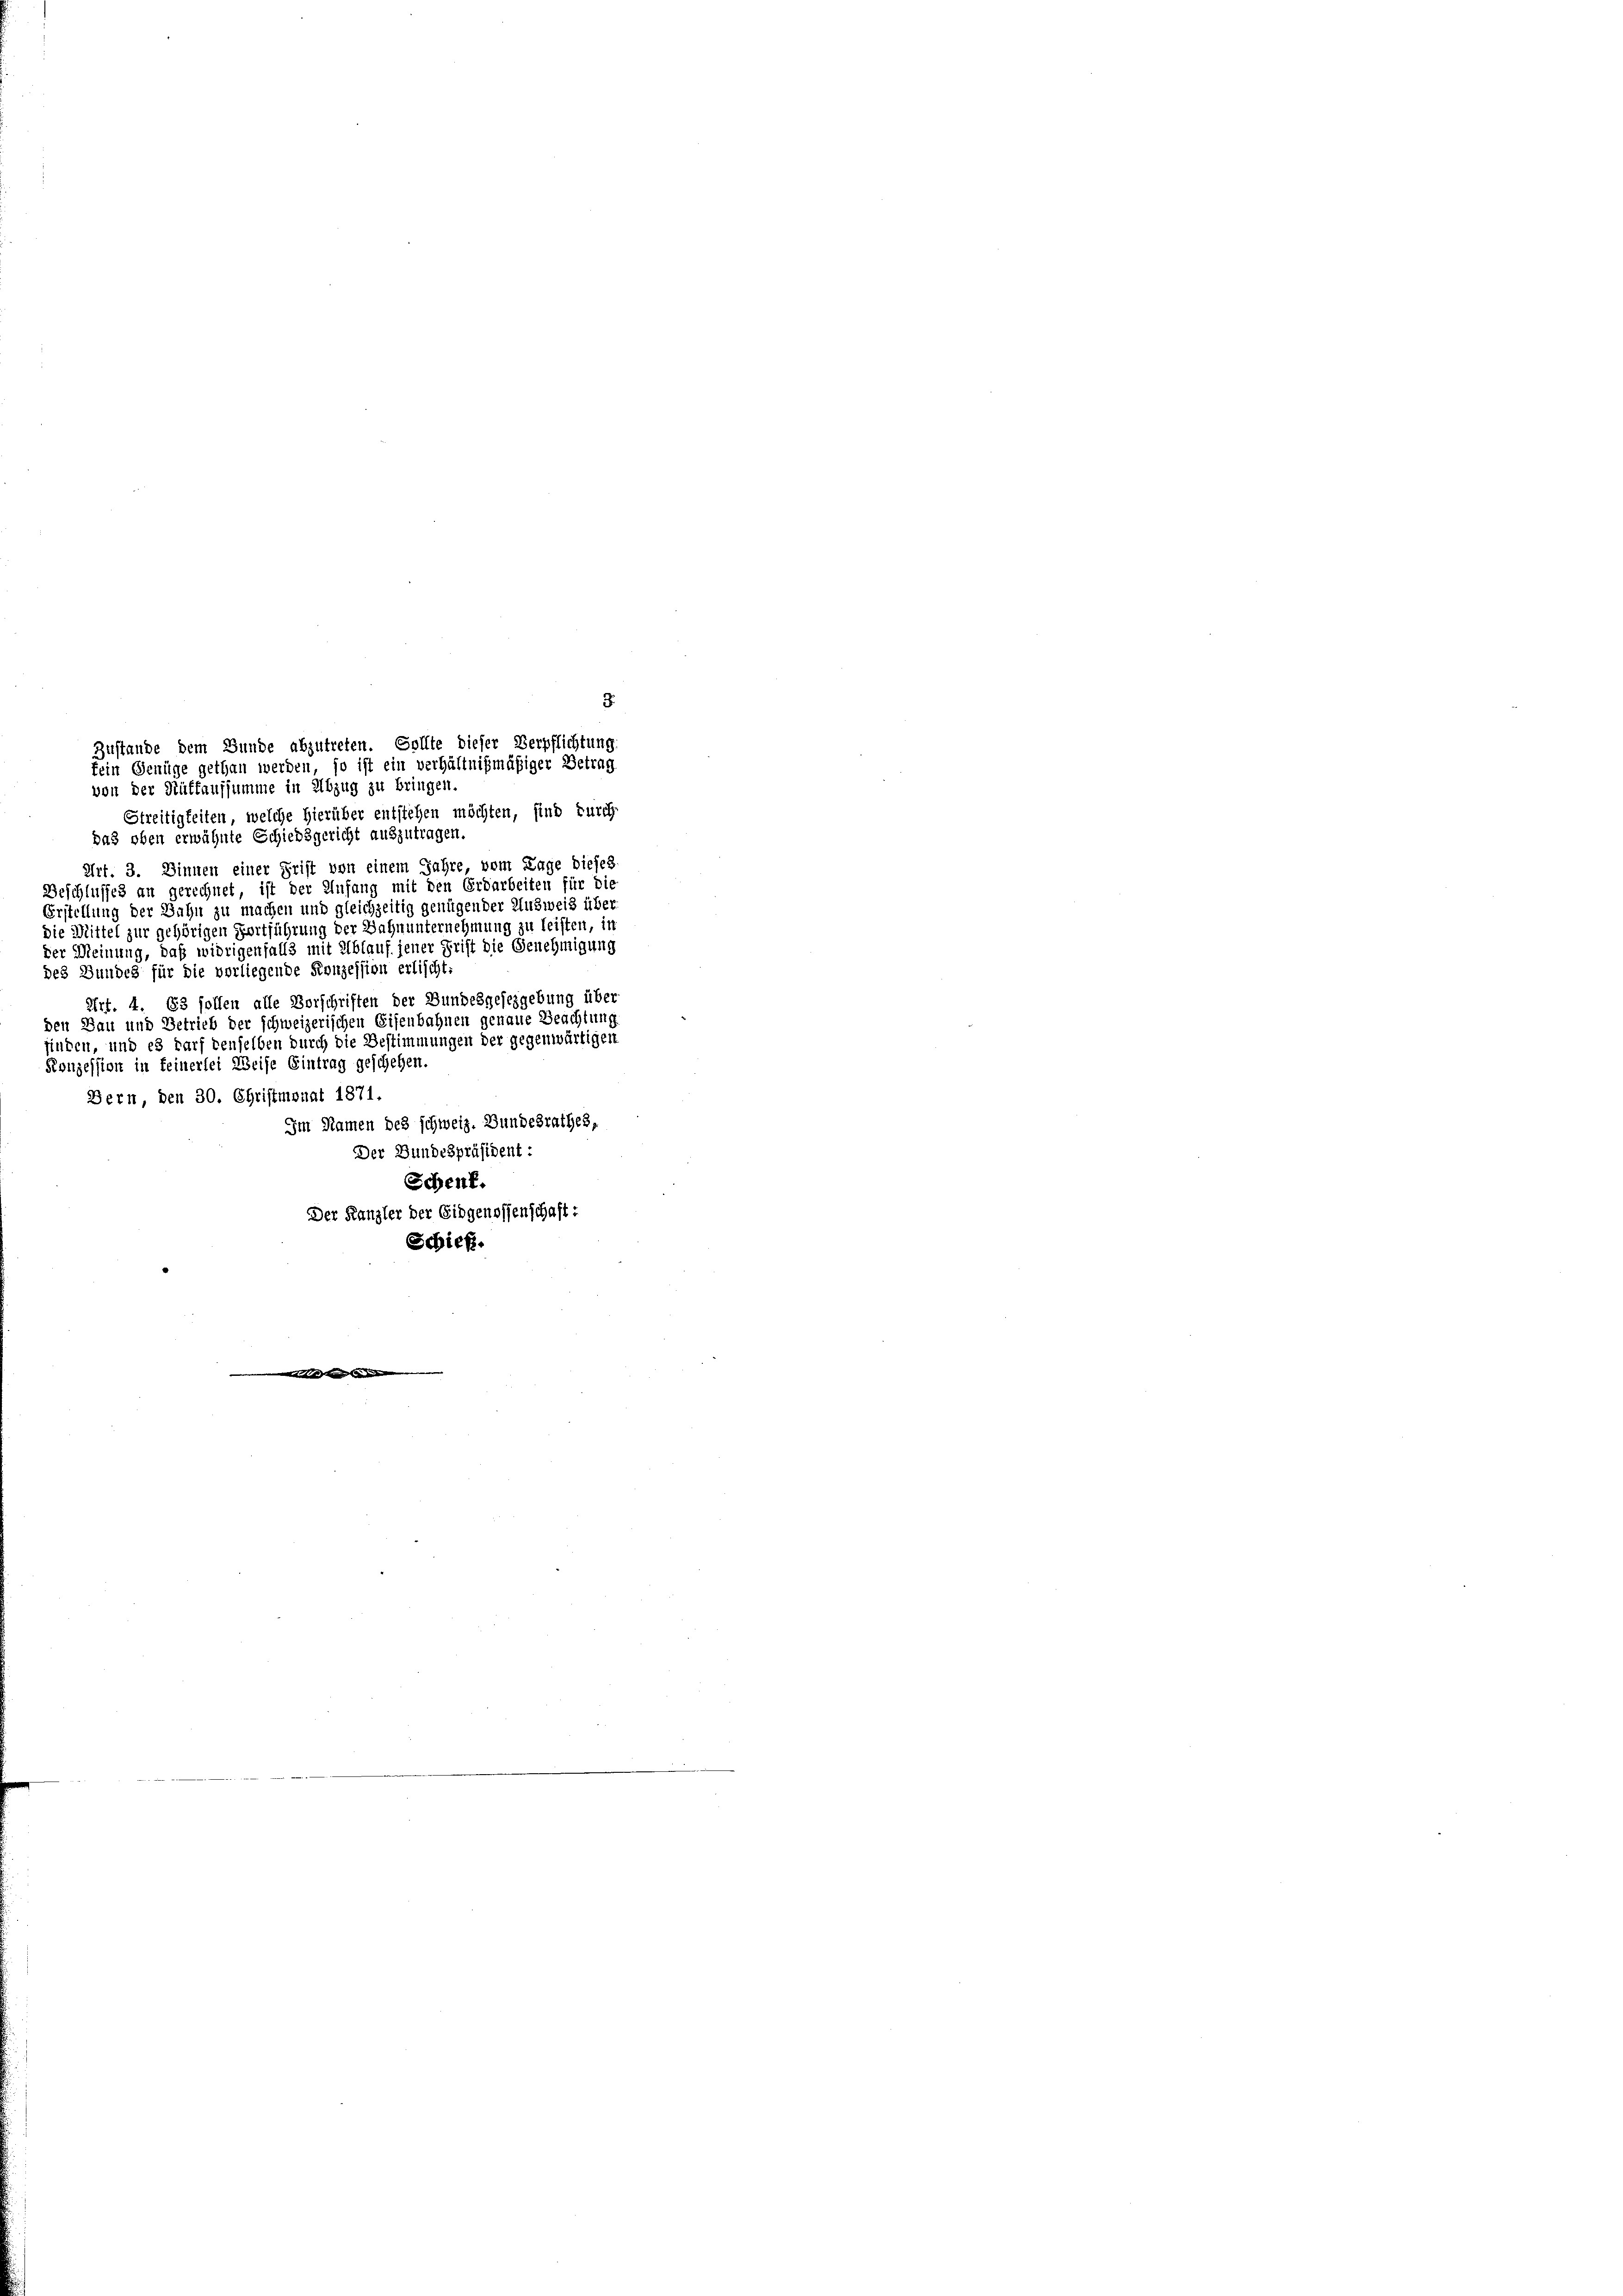
von der Auffaufsumme in Abzug zu bringen.

3.
Zustande dem Bunde abzutreten. Sollte dieser Verpflichtung
fein Genüge gethan werden, so ist ein verhältnißmäßiger Betrag

Streitigkeiten, welche hierüber entstehen möchten, sind durch-
das oben erwähnte Schiedsgericht auszutragen.
Art. 3. Binnen einer Frist von einem Jahre, vom Lage dieses
Beschlusses an gerechnet, ist der Infang mit den Erdarbeiten für die
Erstellung der Bahn zu machen und gleichzeitig genügender Ausweis über
die Mittel zur gehörigen Fortführung der Bahnunternehmung zu leisten, in
der Meinung, daß widrigenfalls mit Ablauf jener Frist die Genehmigung
des Bundes für die vorliegende Konzession erlischt:
Art. 4. Es sollen alle Vorschriften der Bundesgesezgebung über
den Bau und Betrieb der schweizerischen Eisenbahnen genaue Beachtung
finden, und es darf denselben durch die Bestimmungen der gegenwärtigen
Konzession in feinerlei Weise Eintrag geschehen.
Bern, den 30. Christmonat 1871.
Im Namen des schweiz. Bundesrathes,
Der Bundespräsident:
Schent.
Der Kanzler der Eidgenossenschaft:
Schick.